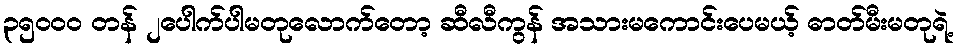
၃၅၀၀၀ တန် ၂ပေါက်ပါမတုလောက်တော့ ဆီလီကွန် အသားမကောင်းပေမယ့် ဓာတ်မီးမတုရဲ့